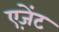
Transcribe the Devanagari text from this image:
एज़ेंट